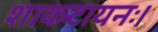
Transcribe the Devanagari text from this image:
शाकटायनः।